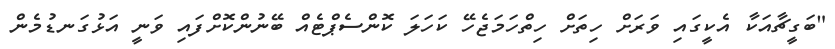
"ބަގީޗާއަކާ އެކީގައި ވަރަށް ހިތަށް ހިތްހަމަޖެހޭ ކަހަލަ ކޮންސެޕްޓެއް ބޭނުންކޮށްފައި ވަނީ އަޅުގަނޑުމެން